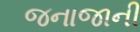
જનાજાની